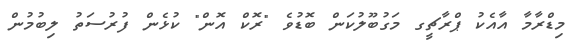
މިޑްރާމާ އާއެކު ޕްރާޗީގ މަގުބޫލުކަން ބޮޑުވެ "ރޮކް އޮން" ކުޅެން ފުރުސަތު ލިބުމުން